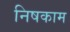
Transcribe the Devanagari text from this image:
निषकाम